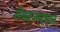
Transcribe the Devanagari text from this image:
सैयदजादगान